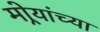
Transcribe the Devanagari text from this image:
मोर्‍यांच्या